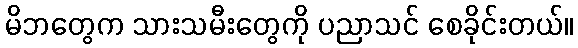
မိဘတွေက သားသမီးတွေကို ပညာသင် စေခိုင်းတယ်။